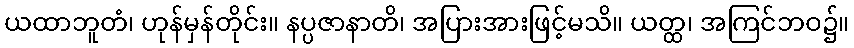
ယထာဘူတံ၊ ဟုန်မှန်တိုင်း။ နပ္ပဇာနာတိ၊ အပြားအားဖြင့်မသိ။ ယတ္ထ၊ အကြင်ဘဝ၌။